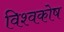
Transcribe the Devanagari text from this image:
विश्‍वकोष